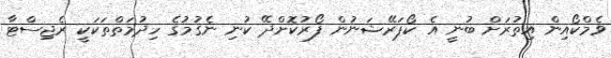
ވެމްކޯއިން އިތުރަށް ބުނީ އެ ކޯޕަރޭޝަނުން ފޯރުކޮށްދޭ ކުނި ނެގުމުގެ ހިދުމަތްތަކަކީ ރެޖިސްޓާ